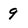
Character: 9